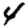
Digit: 4